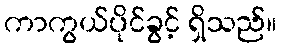
ကာကွယ်ပိုင်ခွင့် ရှိသည်။